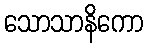
သောသာနိကော